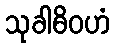
သုခါဓိဝဟံ